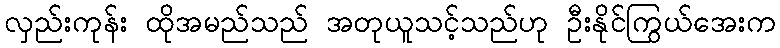
လှည်းကုန်း ထိုအမည်သည် အတုယူသင့်သည်ဟု ဦးနိုင်ကြွယ်အေးက